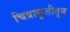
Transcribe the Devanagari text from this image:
चित्राकृतीतून